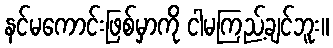
နင်မကောင်းဖြစ်မှာကို ငါမကြည့်ချင်ဘူး။